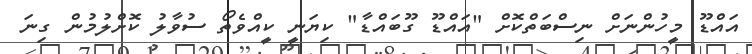
އައްޑޫ މީހުންނަށް ނިސްބަތްކޮށް "އައްޑޫ ގޫބައްޑާ" ކިޔަނީ ކީއްވެތޯ ސުވާލު ކޮށްލުމުން ގިނަ